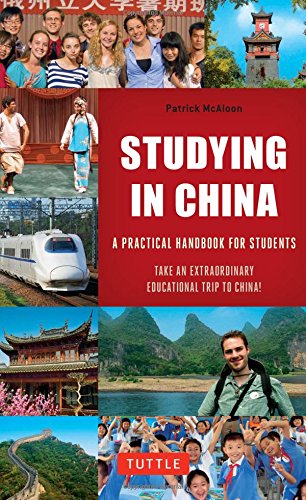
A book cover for Studying in China: A Practical Handbook for Students; Patrick McAloon; Travel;